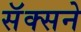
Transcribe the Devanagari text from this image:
सॅक्सने